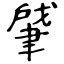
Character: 肈